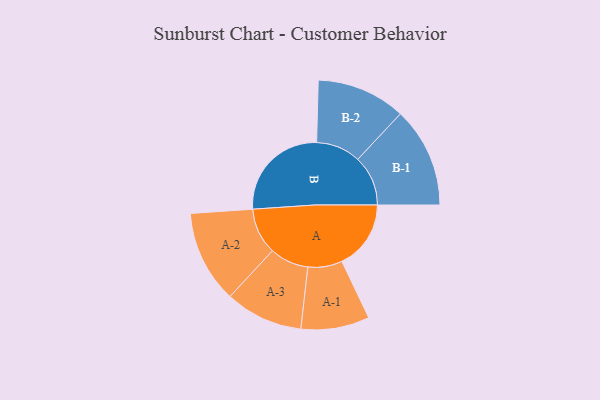
{"axis": {"x": "Segment", "y": "Value"}, "legend": ["", "A", "B"], "data": [{"x": "A", "y": 282, "type": ""}, {"x": "B", "y": 417, "type": ""}, {"x": "A-1", "y": 140, "type": "A"}, {"x": "A-2", "y": 189, "type": "A"}, {"x": "A-3", "y": 159, "type": "A"}, {"x": "B-1", "y": 205, "type": "B"}, {"x": "B-2", "y": 182, "type": "B"}]}